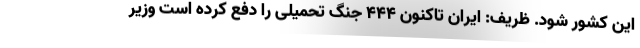
این کشور شود. ظریف: ایران تاکنون ۴۴۴ جنگ تحمیلی را دفع کرده است وزیر